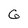
Character: G